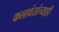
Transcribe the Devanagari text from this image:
कलावंतांच्याही